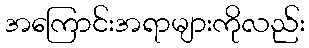
အကြောင်းအရာများကိုလည်း